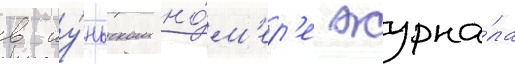
в иу́ньском но́м'ер'е журна́ла